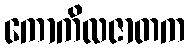
ကောကိလဇာတက